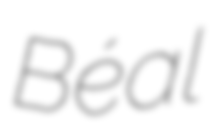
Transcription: Béal